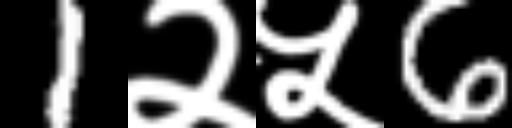
Text: 1२५6